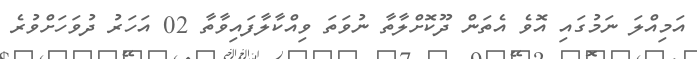
އަމިއްލަ ނަމުގައި އޮވެ އެތަން ދޫކޮށްލާތާ ނުވަތަ ވިއްކާލާފައިވާތާ 02 އަހަރު ދުވަހަށްވުރެ